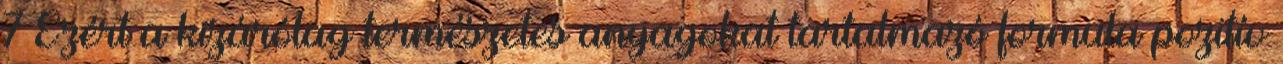
7 Ezért a kizárólag természetes anyagokat tartalmazó formula pozitív